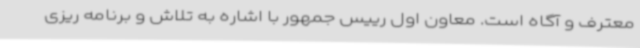
معترف و آگاه است. معاون اول رییس جمهور با اشاره به تلاش و برنامه ریزی